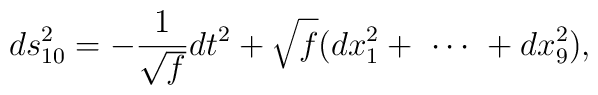
ds^2_{10} = - \frac{1}{\sqrt{f}} dt^2 + \sqrt{f}     (dx_1^2 + \  \cdots \  + dx_9^2  ),